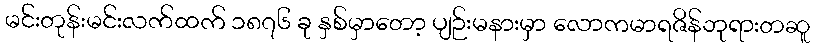
မင်းတုန်းမင်းလက်ထက် ၁၈၇၆ ခု နှစ်မှာတော့ ပျဉ်းမနားမှာ လောကမာရဇိန်ဘုရားတဆူ